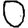
Digit: 0